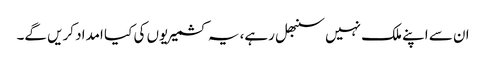
ان سے اپنے ملک نہیں سنبھل رہے، یہ کشمیریوں کی کیا امداد کریں گے۔